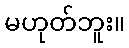
မဟုတ်ဘူး။